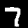
Label: 7